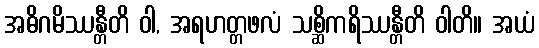
အဓိဂမိဿန္တီတိ ဝါ, အရဟတ္တဖလံ သစ္ဆိကရိဿန္တီတိ ဝါတိ။ အယံ